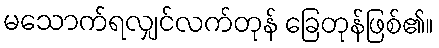
မသောက်ရလျှင်လက်တုန် ခြေတုန်ဖြစ်၏။